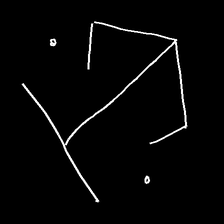
Glyph: earth